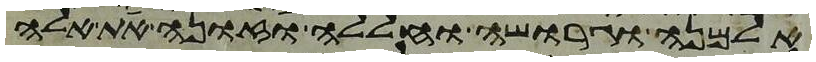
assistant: אלמנה וגרושה וחללה וזונה את אלה